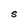
Character: S